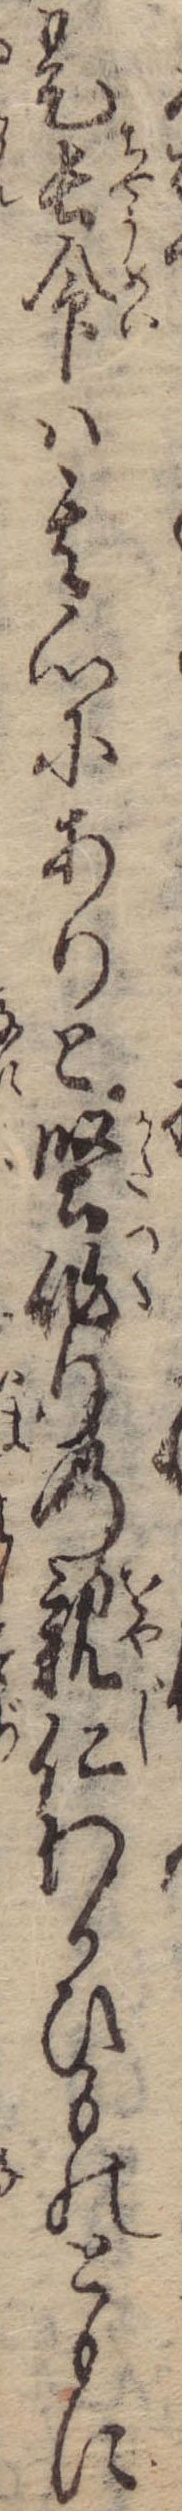
是長命は其心にありと堅作りの親仁わかひものともに